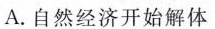
A. 自然经济开始解体